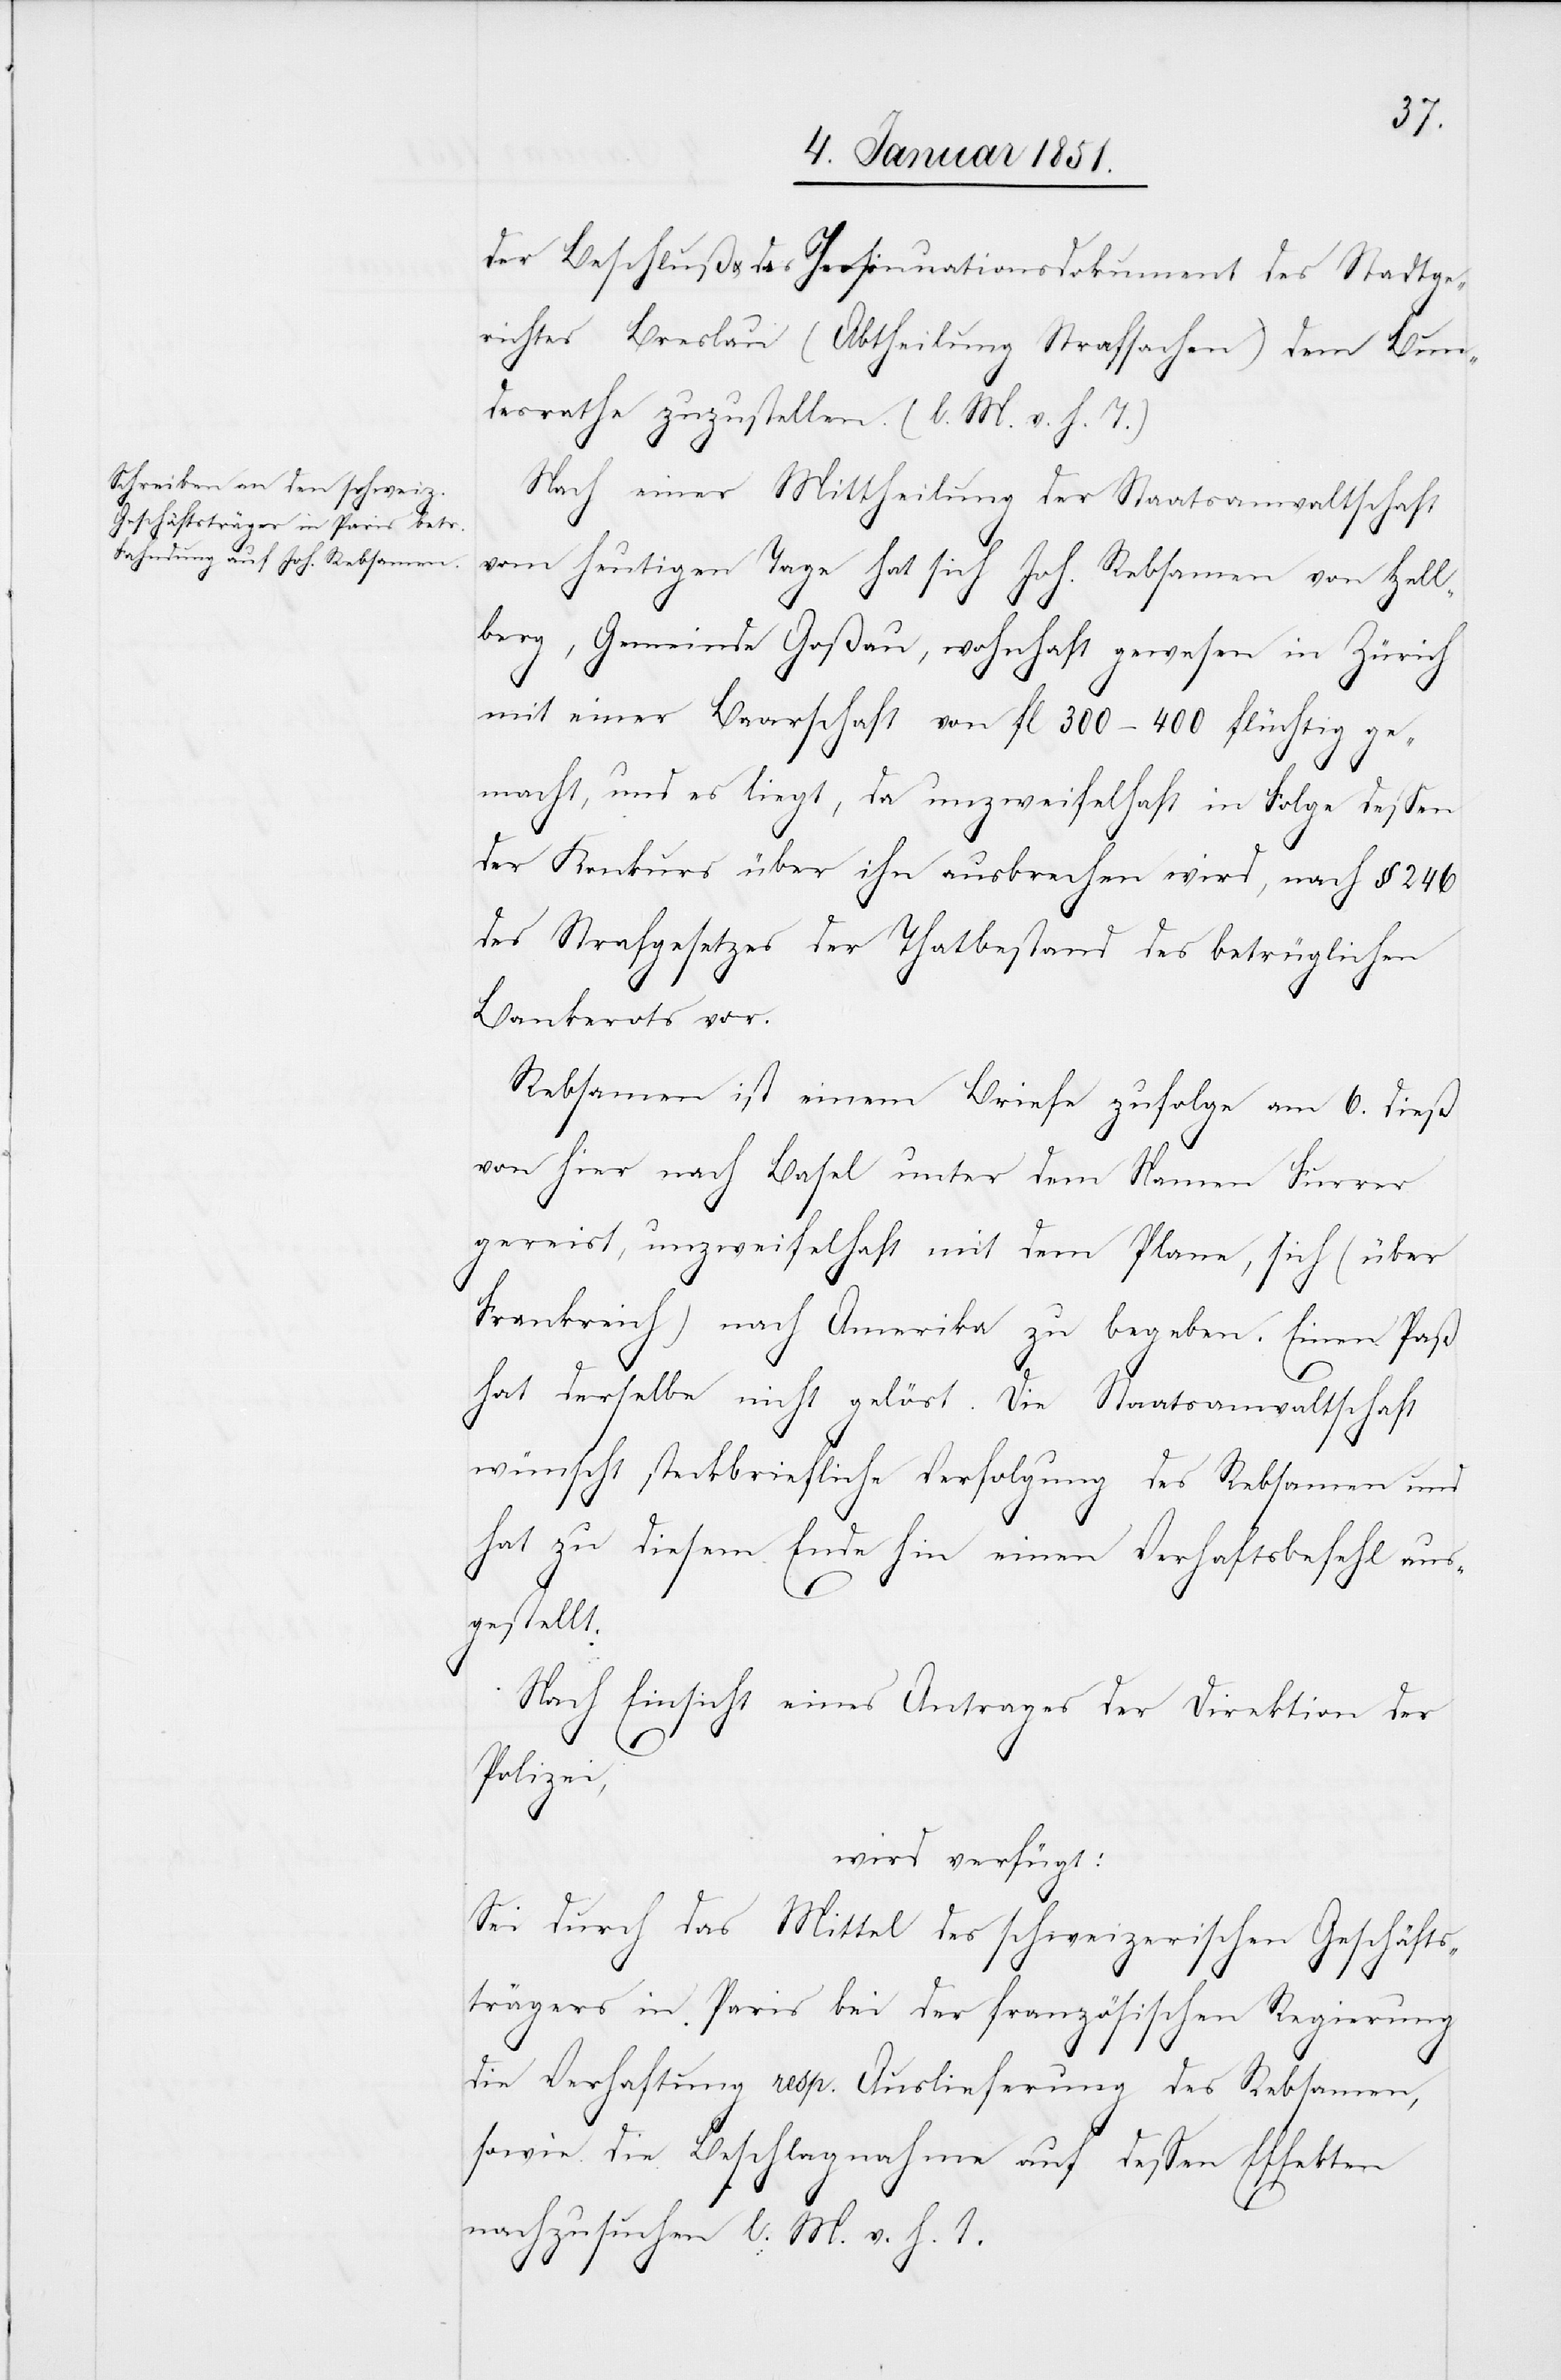
der Beschluß u. das Insinuationsdokument des Stadtge¬
richtes Breslau (Abtheilung Strafsachen) dem Bun¬
desrathe zuzustellen. (l. M. v. h. T.)
Nach einer Mittheilung der Staatsanwaltschaft
vom heutigen Tage hat sich Joh. Rebsamen von Hell¬
berg, Gemeinde Goßau, wohnhaft gewesen in Zürich
mit einer Baarschaft von fl. 300–400 flüchtig ge¬
macht, und es liegt, da unzweifelhaft in Folge dessen
der Konkurs über ihn ausbrechen wird, nach § 246
des Strafgesetzes der Thatbestand des betrüglichen
Bankerots vor.
Rebsamen ist einem Briefe zufolge am 6. dieß
von hier nach Basel unter dem Namen Furrer
gereist, unzweifelhaft mit dem Plane, sich (über
Frankreich) nach Amerika zu begeben. Einen Paß
hat derselbe nicht gelöst. Die Staatsanwaltschaft
wünscht steckbriefliche Verfolgung des Rebsamen und
hat zu diesem Ende hin einen Verhaftsbefehl aus¬
gestellt.
Nach Einsicht eines Antrages der Direktion der
8.
Polizei,
wird verfügt:
Sei durch das Mittel des schweizerischen Geschäfts¬
trägers in Paris bei der französischen Regierung
die Verhaftung resp. Auslieferung des Rebsamen,
sowie die Beschlagnahme auf dessen Effekten
nachzusuchen l. M. v. h. T.